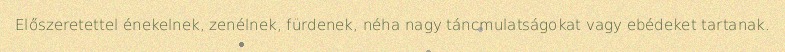
Előszeretettel énekelnek, zenélnek, fürdenek, néha nagy táncmulatságokat vagy ebédeket tartanak.